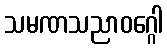
သမဏသညာဝဂ္ဂေါ